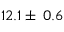
1 2 . 1 \pm \: 0 . 6